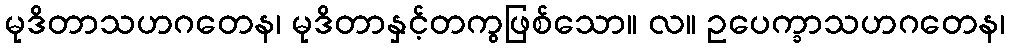
မုဒိတာသဟဂတေန၊ မုဒိတာနှင့်တကွဖြစ်သော။ လ။ ဥပေက္ခာသဟဂတေန၊